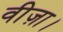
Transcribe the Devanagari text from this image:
वीज़ा।